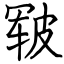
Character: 皲